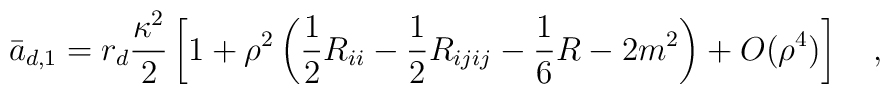
\bar{a}_{d,1}=r_d {\kappa^2 \over 2}\left[1+\rho^2\left(\frac 12 R_{ii}-\frac 12 R_{ijij}-\frac 16 R-2m^2\right)+O(\rho^4)\right]~~~,